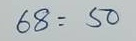
68 = 50